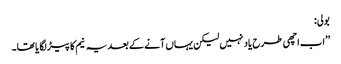
بولی:
’’اب اچھی طرح یاد نہیں لیکن یہاں آنے کے بعد یہ نیم کا پیڑ لگا یا تھا۔